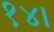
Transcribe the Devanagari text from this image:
१४।